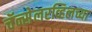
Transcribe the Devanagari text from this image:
चॅन्सेलरव्हिलच्या